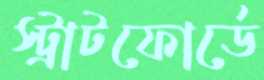
স্ট্রাটফোর্ডে